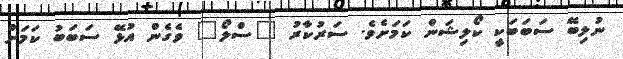
ނުލިބޭ ސަބަބަކީ ކޯލިޝަން ކަމަށެވެ. ސަރުކާރު "ސްލޯ" ވެގެން އުޅޭ ސަބަބު ކަމަށް